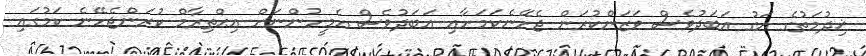
ޚިދުމަތުގެ އަގު އަބަދުވެސް ވަޒަންކުރަން ޖެހޭނެކަމަށާއި އަބަދުވެސް އެމީހުންނަށް އިޙްތިރާމް ކުރަންޖެހޭނެ ކަމުގައި